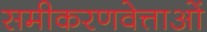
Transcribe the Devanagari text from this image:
समीकरणवेत्ताओं